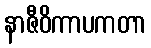
နာဇီဝိကာပကတာ